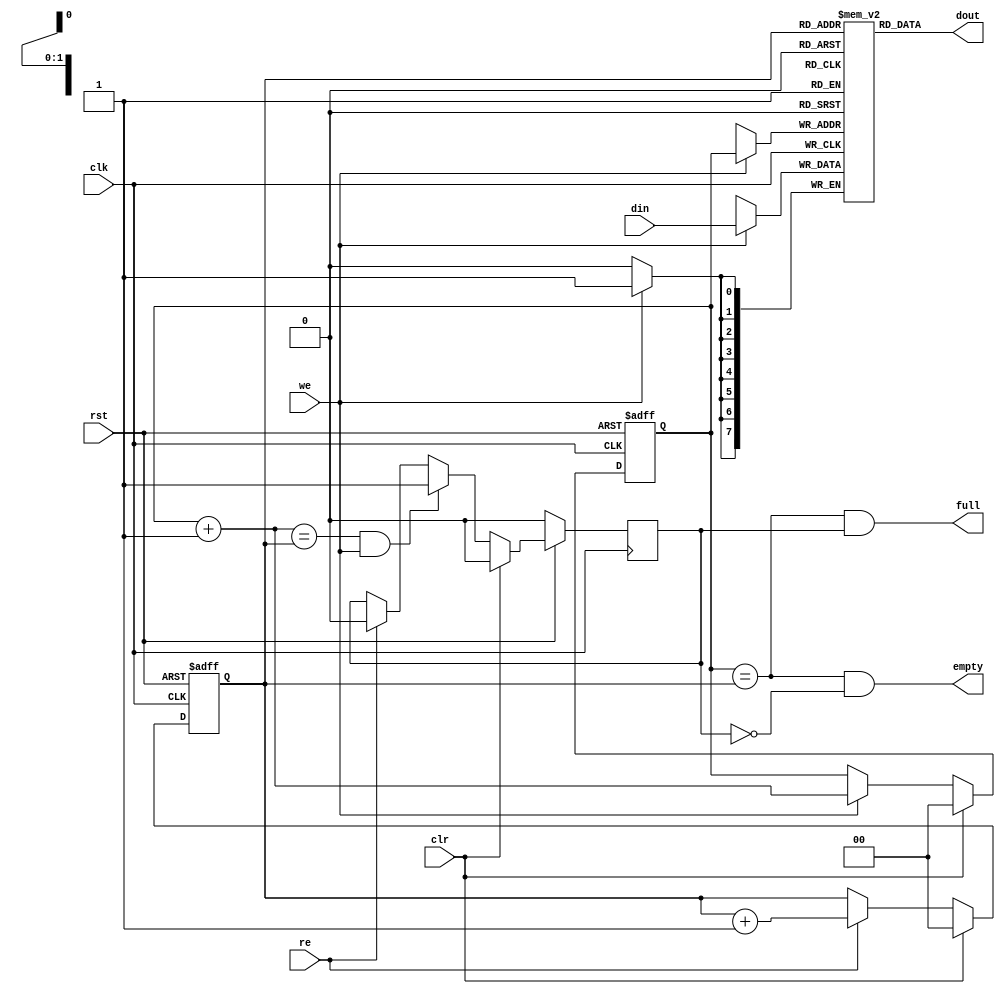
module fifo4_1(clk, rst, clr,  din, we, dout, re, full, empty);
parameter dw = 8;
input		clk, rst;
input		clr;
input   [dw:1]	din;
input		we;
output  [dw:1]	dout;
input		re;
output		full, empty;
reg     [dw:1]	mem[0:3];
reg     [1:0]   wp;
reg     [1:0]   rp;
wire    [1:0]   wp_p1;
wire    [1:0]   wp_p2;
wire    [1:0]   rp_p1;
wire		full, empty;
reg		gb;
always @(posedge clk or negedge rst)
        if(!rst)	wp <= #1 2'h0;
        else
        if(clr)		wp <= #1 2'h0;
        else
        if(we)		wp <= #1 wp_p1;
assign wp_p1 = wp + 2'h1;
assign wp_p2 = wp + 2'h2;
always @(posedge clk or negedge rst)
        if(!rst)	rp <= #1 2'h0;
        else
        if(clr)		rp <= #1 2'h0;
        else
        if(re)		rp <= #1 rp_p1;
assign rp_p1 = rp + 2'h1;
assign  dout = mem[ rp ];
always @(posedge clk)
        if(we)	mem[ wp ] <= #1 din;
assign empty = (wp == rp) & !gb;
assign full  = (wp == rp) &  gb;
always @(posedge clk)
	if(!rst)			gb <= #1 1'b0;
	else
	if(clr)				gb <= #1 1'b0;
	else
	if((wp_p1 == rp) & we)		gb <= #1 1'b1;
	else
	if(re)				gb <= #1 1'b0;
endmodule